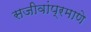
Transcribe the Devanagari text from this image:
सजीवांप्रमाणे